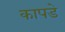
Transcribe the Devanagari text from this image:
कापडे